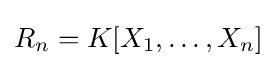
R_{n}=K[X_{1},\ldots ,X_{n}]